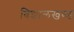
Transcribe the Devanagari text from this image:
विशालखण्ड